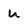
Character: u